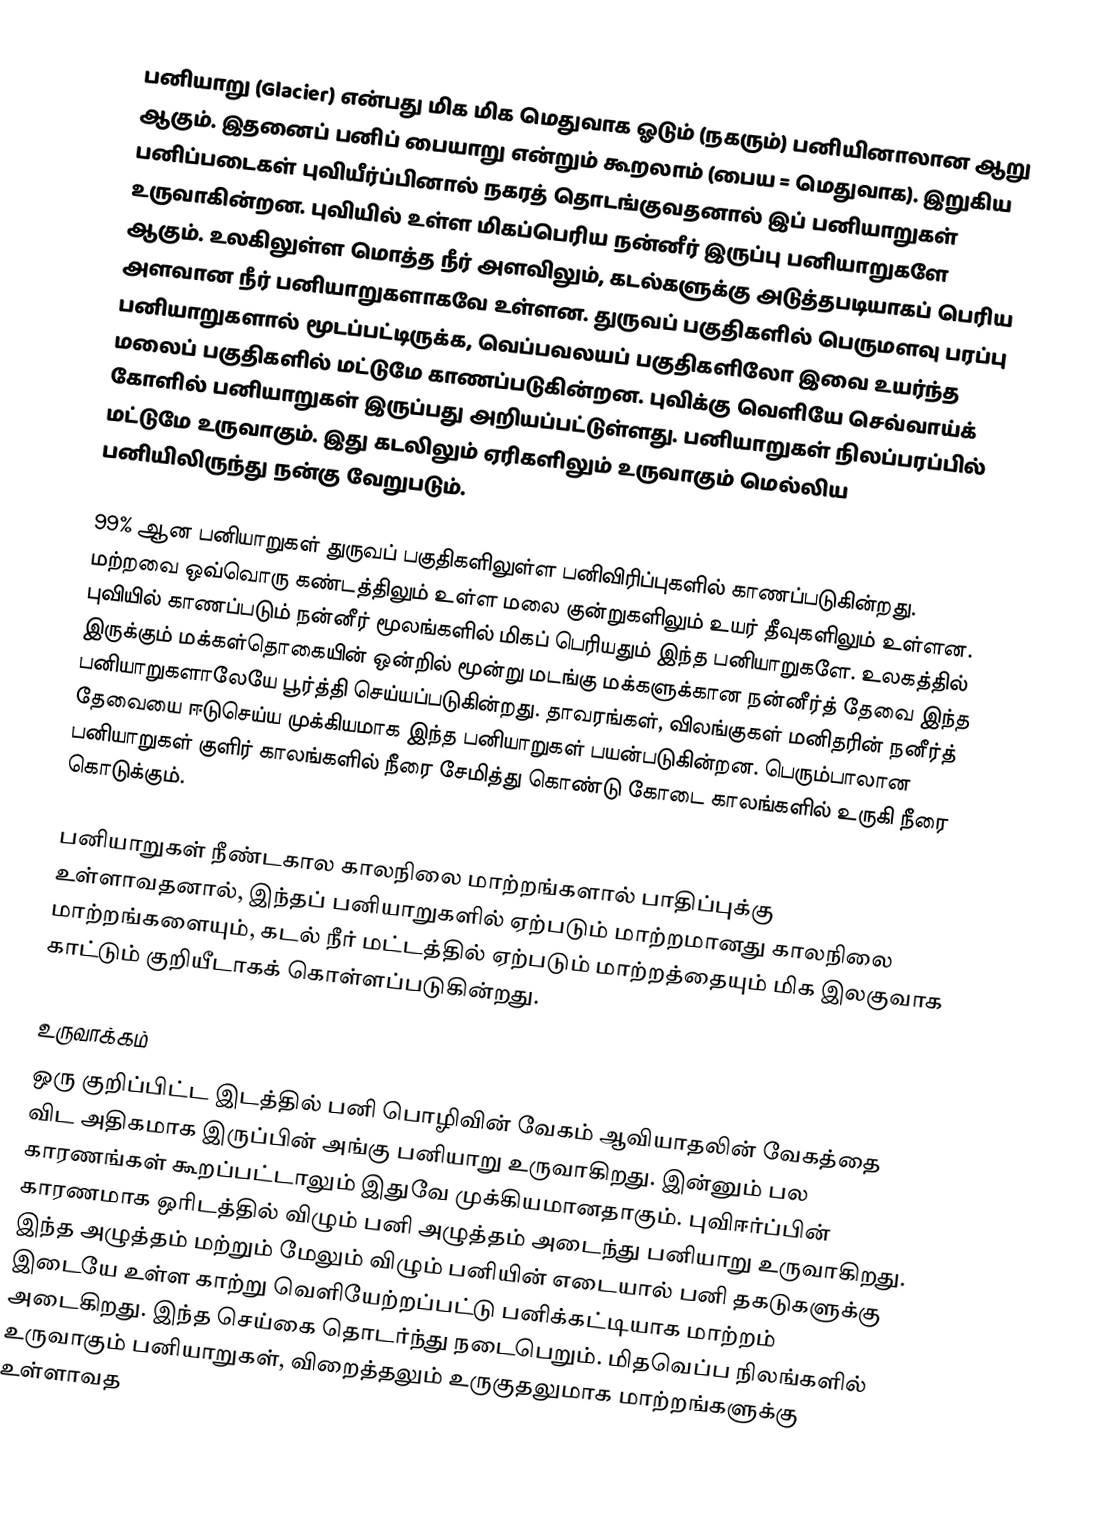
பனியாறு (Glacier) என்பது மிக மிக மெதுவாக ஓடும் (நகரும்) பனியினாலான ஆறு ஆகும். இதனைப் பனிப் பையாறு என்றும் கூறலாம் (பைய = மெதுவாக). இறுகிய பனிப்படைகள் புவியீர்ப்பினால் நகரத் தொடங்குவதனால் இப் பனியாறுகள் உருவாகின்றன. புவியில் உள்ள மிகப்பெரிய நன்னீர் இருப்பு பனியாறுகளே ஆகும். உலகிலுள்ள மொத்த நீர் அளவிலும், கடல்களுக்கு அடுத்தபடியாகப் பெரிய அளவான நீர் பனியாறுகளாகவே உள்ளன. துருவப் பகுதிகளில் பெருமளவு பரப்பு பனியாறுகளால் மூடப்பட்டிருக்க, வெப்பவலயப் பகுதிகளிலோ இவை உயர்ந்த மலைப் பகுதிகளில் மட்டுமே காணப்படுகின்றன. புவிக்கு வெளியே செவ்வாய்க் கோளில் பனியாறுகள் இருப்பது அறியப்பட்டுள்ளது. பனியாறுகள் நிலப்பரப்பில் மட்டுமே உருவாகும். இது கடலிலும் ஏரிகளிலும் உருவாகும் மெல்லிய பனியிலிருந்து நன்கு வேறுபடும்.

99% ஆன பனியாறுகள் துருவப் பகுதிகளிலுள்ள பனிவிரிப்புகளில் காணப்படுகின்றது. மற்றவை ஒவ்வொரு கண்டத்திலும் உள்ள மலை குன்றுகளிலும் உயர் தீவுகளிலும் உள்ளன. புவியில் காணப்படும் நன்னீர் மூலங்களில் மிகப் பெரியதும் இந்த பனியாறுகளே. உலகத்தில் இருக்கும் மக்கள்தொகையின் ஒன்றில் மூன்று மடங்கு மக்களுக்கான நன்னீர்த் தேவை இந்த பனியாறுகளாலேயே பூர்த்தி செய்யப்படுகின்றது. தாவரங்கள், விலங்குகள் மனிதரின் நனீர்த் தேவையை ஈடுசெய்ய முக்கியமாக இந்த பனியாறுகள் பயன்படுகின்றன. பெரும்பாலான பனியாறுகள் குளிர் காலங்களில் நீரை சேமித்து கொண்டு கோடை காலங்களில் உருகி நீரை கொடுக்கும்.

பனியாறுகள் நீண்டகால காலநிலை மாற்றங்களால் பாதிப்புக்கு உள்ளாவதனால், இந்தப் பனியாறுகளில் ஏற்படும் மாற்றமானது காலநிலை மாற்றங்களையும், கடல் நீர் மட்டத்தில் ஏற்படும் மாற்றத்தையும் மிக இலகுவாக காட்டும் குறியீடாகக் கொள்ளப்படுகின்றது.

உருவாக்கம்
ஒரு குறிப்பிட்ட இடத்தில் பனி பொழிவின் வேகம் ஆவியாதலின் வேகத்தை விட அதிகமாக இருப்பின் அங்கு பனியாறு உருவாகிறது. இன்னும் பல காரணங்கள் கூறப்பட்டாலும் இதுவே முக்கியமானதாகும். புவிஈர்ப்பின் காரணமாக ஒரிடத்தில் விழும் பனி அழுத்தம் அடைந்து பனியாறு உருவாகிறது. இந்த அழுத்தம் மற்றும் மேலும் விழும் பனியின் எடையால் பனி தகடுகளுக்கு இடையே உள்ள காற்று வெளியேற்றப்பட்டு பனிக்கட்டியாக மாற்றம் அடைகிறது. இந்த செய்கை தொடர்ந்து நடைபெறும். மிதவெப்ப நிலங்களில் உருவாகும் பனியாறுகள், விறைத்தலும் உருகுதலுமாக மாற்றங்களுக்கு உள்ளாவத